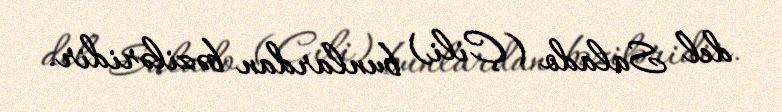
del Salado (Çili) bunlardan bəziləridir.